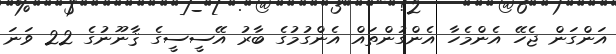
އަންގަން ޖެހޭ އެންމެހާ އެންގުންތައް އެންގުމުގެ ބާރު އޭސީސީގެ ޤާނޫނުގެ 22 ވަނަ